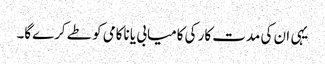
یہی ان کی مدت کار کی کامیابی یا ناکامی کو طے کرے‌گا۔